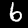
Label: 6